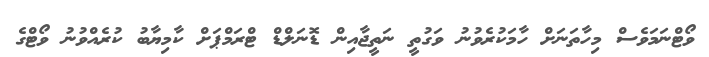
ވޯޓްނަމަވެސް މިހާތަނަށް ހާމަކުރެވުނު ވަގުތީ ނަތީޖާއިން ޑޮނަލްޑް ޓްރަމްޕަށް ކާމިޔާބު ކުރެއްވުނު ވޯޓްގެ